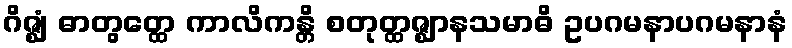
ဂိဇ္ဈံ ဓာတွတ္ထေ ကာလိကန္တိ စတုတ္ထဇ္ဈာနသမာဓိ ဥပဂမနာပဂမနာနံ